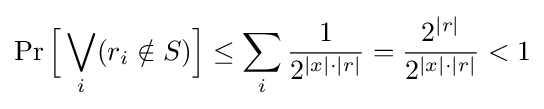
\Pr {\Bigl [}\bigvee _{i}(r_{i}\notin S){\Bigr ]}\leq \sum _{i}{\frac {1}{2^{|x|\cdot |r|}}}={\frac {2^{|r|}}{2^{|x|\cdot |r|}}}<1